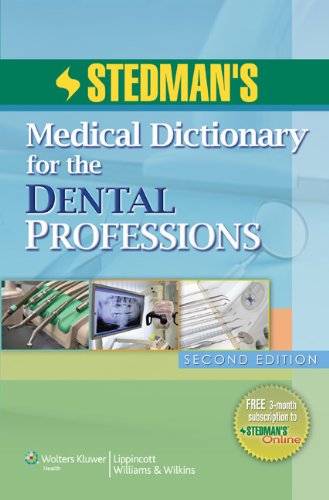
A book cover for Stedman's Medical Dictionary for the Dental Professions, 2nd Edition; Stedman's; Medical Books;